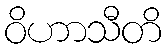
ဝိဟာသီတိ